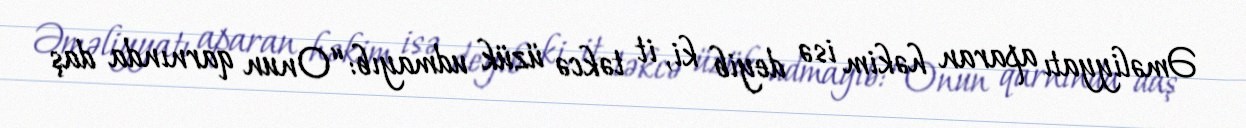
Əməliyyatı aparan həkim isə deyib ki, it təkcə üzük udmayıb: “Onun qarnında daş